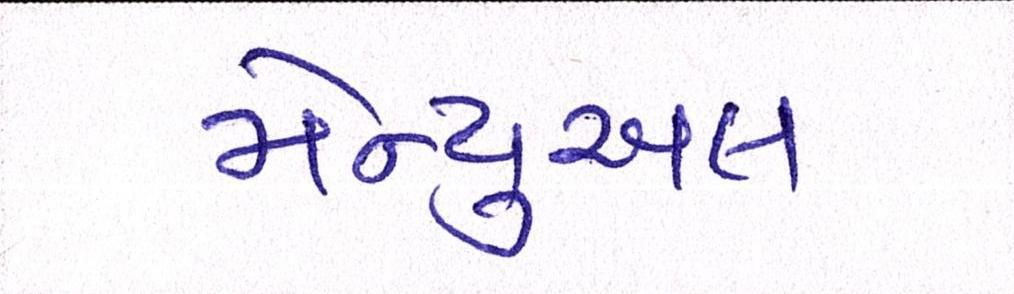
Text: મેન્યુઅલ